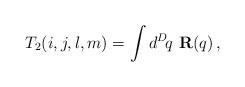
LaTeX: \begin{align*}T_2(i,j,l,m) = \int d^D\! q\,\, {\bf R}(q)\,,\end{align*}